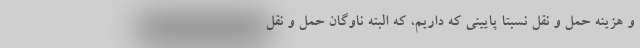
و هزینه حمل و نقل نسبتا پایینی که داریم، که البته ناوگان حمل و نقل